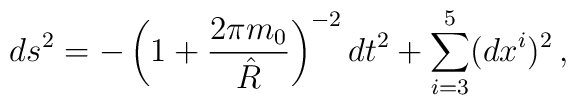
ds^2=-\left( 1+ {2\pi m_0 \over \hat{R}} \right) ^{-2} dt^2 +\sum_{i=3}^5(dx^i)^2\, ,